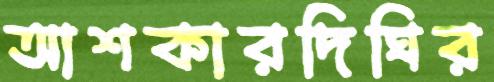
আশকারদিঘির